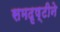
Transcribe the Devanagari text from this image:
समदृष्टीने